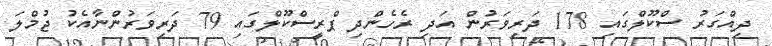
ދިއްގަރު ސްކޫލްގައި 178 ދަރިވަރުން އަދި ރެހެންދި ޕްރީސްކޫލްގައި 79 ދަރިވަރުންނާއެކު ޖުމްލަ